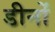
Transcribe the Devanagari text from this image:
डीनों